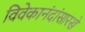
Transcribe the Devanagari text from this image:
विवेकानंदांसारखे